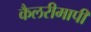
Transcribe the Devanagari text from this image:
कैलरीमापी